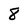
Character: 8